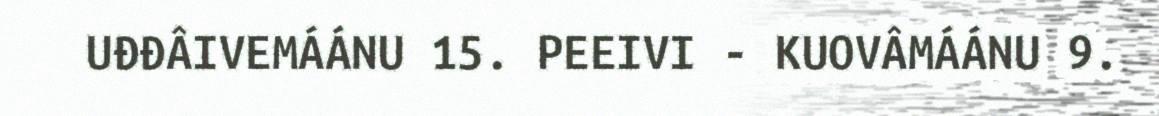
UĐĐÂIVEMÁÁNU 15. PEEIVI - KUOVÂMÁÁNU 9.